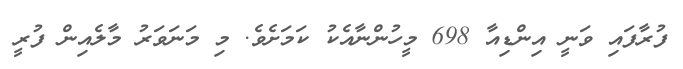
ފުރާފައި ވަނީ އިންޑިއާ 698 މީހުންނާއެކު ކަމަށެވެ. މި މަނަވަރު މާލެއިން ފުރީ